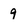
Character: 9